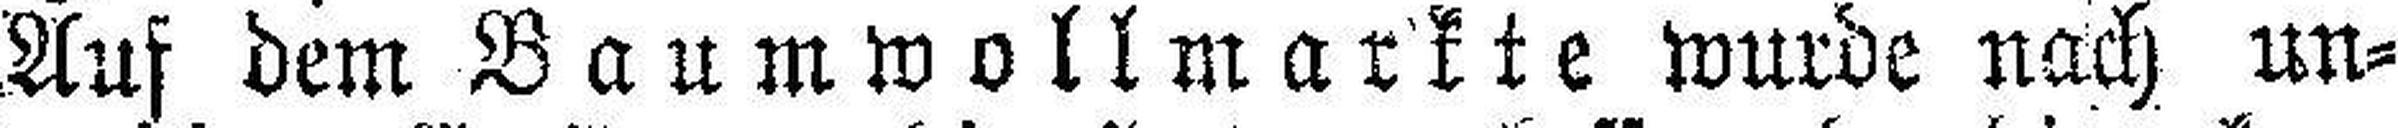
Auf dem Baumwollmarkte wurde nach un¬